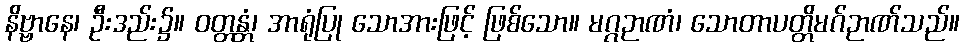
နိဗ္ဗာနေ၊ ဦးဒည်း၌။ ဝတ္တန္တံ၊ အာရုံပြု သောအားဖြင့် ဖြစ်သော။ မဂ္ဂဉာဏံ၊ သောတာပတ္တိမဂ်ဉာဏ်သည်။